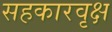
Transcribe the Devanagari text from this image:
सहकारवृक्ष